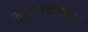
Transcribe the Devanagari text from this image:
फुलपाखरांवर